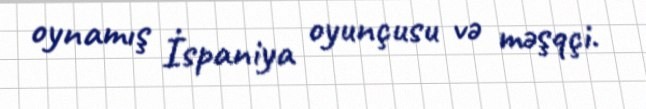
oynamış İspaniya oyunçusu və məşqçi.